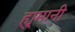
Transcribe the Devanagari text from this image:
ह्युमानी